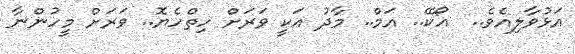
އަޅުވާލިއެވެ..  އޯކޭ.. އަމް.. މާދު އަކީ ވަރަށް ހިތްހެޔޮ.. ވަރަށް މީހުންނާ